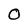
Character: O